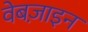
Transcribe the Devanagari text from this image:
वेबज़ाइन